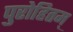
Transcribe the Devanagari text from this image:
पुरोहितम्